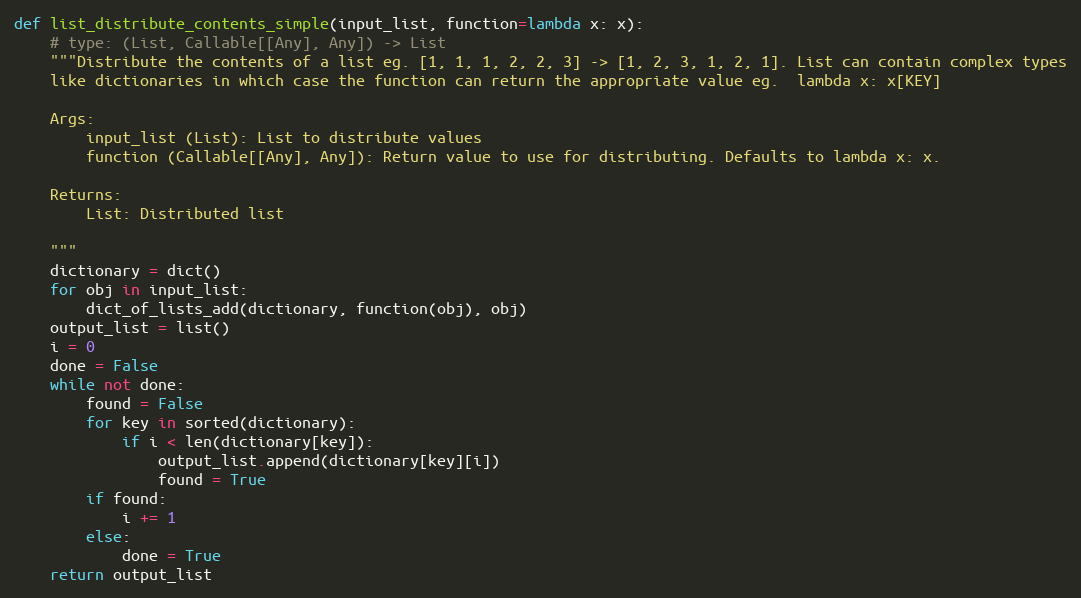
Language: Python
def list_distribute_contents_simple(input_list, function=lambda x: x):
    # type: (List, Callable[[Any], Any]) -> List
    """Distribute the contents of a list eg. [1, 1, 1, 2, 2, 3] -> [1, 2, 3, 1, 2, 1]. List can contain complex types
    like dictionaries in which case the function can return the appropriate value eg.  lambda x: x[KEY]

    Args:
        input_list (List): List to distribute values
        function (Callable[[Any], Any]): Return value to use for distributing. Defaults to lambda x: x.

    Returns:
        List: Distributed list

    """
    dictionary = dict()
    for obj in input_list:
        dict_of_lists_add(dictionary, function(obj), obj)
    output_list = list()
    i = 0
    done = False
    while not done:
        found = False
        for key in sorted(dictionary):
            if i < len(dictionary[key]):
                output_list.append(dictionary[key][i])
                found = True
        if found:
            i += 1
        else:
            done = True
    return output_list